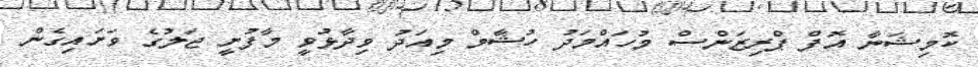
ކޮމިޝަނާ އޮފް ޕްރިޒަންސް މުހައްމަދު ހުޝާމް މިއަދު ވިދާޅުވީ މާފުށީ ޖަލުގެ ވަށައިގެން